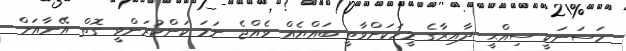
ހަސަނަކީ ސިއްޙީ ދާއިރާގެ މީހަކަށްވާތީ ބައްޔެއް ވެއްޖެ ނަމަ ކަންކުރަންވީ ގޮތް އޭނާއަށް